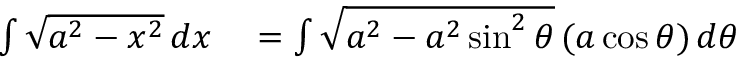
\begin{array} { r l } { \int { \sqrt { a ^ { 2 } - x ^ { 2 } } } \, d x } & { { } = \int { \sqrt { a ^ { 2 } - a ^ { 2 } \sin ^ { 2 } \theta } } \, ( a \cos \theta ) \, d \theta } \end{array}